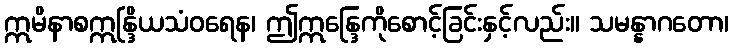
ဣမိနာစဣန္ဒြိယသံဝရေန၊ ဤဣန္ဒြေကိုစောင့်ခြင်းနှင့်လည်း။ သမန္နာဂတော၊